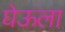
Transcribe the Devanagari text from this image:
घेऊला